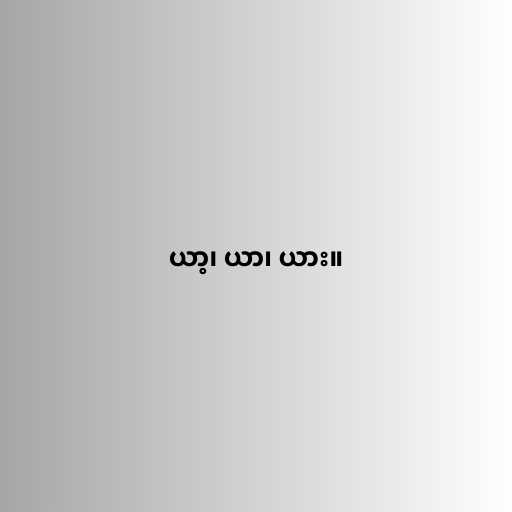
ယာ့၊ ယာ၊ ယား။